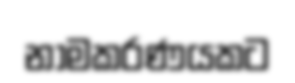
නාමකරණයකට